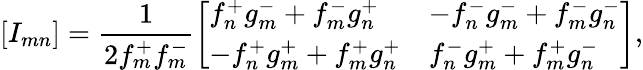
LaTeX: [I_{mn}]=\frac{1}{2f_{m}^{+}f_{m}^{-}}\left[\begin{array}{ll}{f_{n}^{+}g_{m}^{-}+f_{m}^{-}g_{n}^{+}}&{-f_{n}^{-}g_{m}^{-}+f_{m}^{-}g_{n}^{-}}\\ {-f_{n}^{+}g_{m}^{+}+f_{m}^{+}g_{n}^{+}}&{f_{n}^{-}g_{m}^{+}+f_{m}^{+}g_{n}^{-}}\end{array}\right],